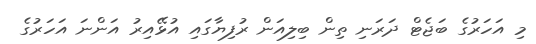
މި އަހަރުގެ ބަޖެޓް ދަރަނި ތިން ބިލިއަން ރުފިޔާގައި އުޅޭއިރު އަންނަ އަހަރުގެ